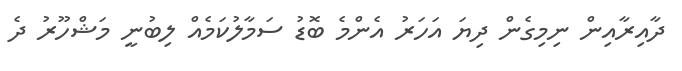
ދާއިރާއިން ނިމިގެން ދިޔަ އަހަރު އެންމެ ބޮޑު ސަމާލުކަމެއް ލިބުނީ މަޝްހޫރު ދެ